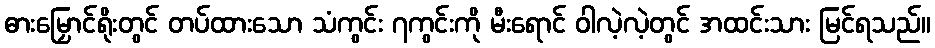
ဓားမြှောင်ရိုးတွင် တပ်ထားသော သံကွင်း ၇ကွင်းကို မီးရောင် ဝါလဲ့လဲ့တွင် အထင်းသား မြင်ရသည်။